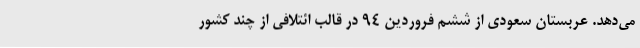
می‌دهد. عربستان سعودی از ششم فروردین ۹۴ در قالب ائتلافی از چند کشور